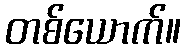
တစ်ယောက်။